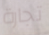
تجارة